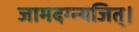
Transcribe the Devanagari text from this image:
जामदग्न्यजित्‌।